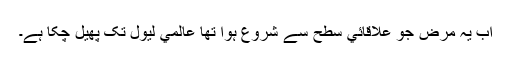
اب يہ مرض جو علاقائي سطح سے شروع ہوا تھا عالمي ليول تک پھيل چکا ہے۔